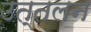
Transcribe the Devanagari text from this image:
उत्तलन